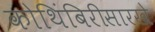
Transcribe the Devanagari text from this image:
कोथिंबिरीसारखे